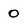
Character: o